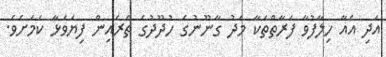
އަދި އެއާ ހިލާފުވާ ފަރާތްތަކާ މެދު ގާނޫނުގެ ހުދޫދުގެ ތެރެއިން ފިޔަވަޅާ ކަމަށެވެ.